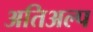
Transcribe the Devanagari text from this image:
अतिअल्प